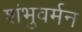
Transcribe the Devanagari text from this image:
शंभुवर्मन